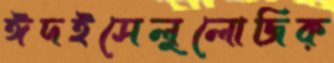
ঈদইসেলুলোজিক্